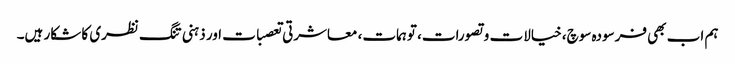
ہم اب بھی فرسودہ سوچ، خیالات و تصورات، توہمات، معاشرتی تعصبات اور ذہنی تنگ نظری کا شکار ہیں۔